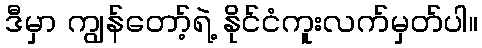
ဒီမှာ ကျွန်တော့်ရဲ့ နိုင်ငံကူးလက်မှတ်ပါ။